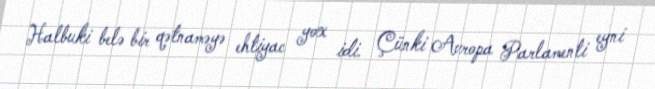
Halbuki belə bir qətnaməyə ehtiyac yox idi. Çünki Avropa Parlamenti eyni